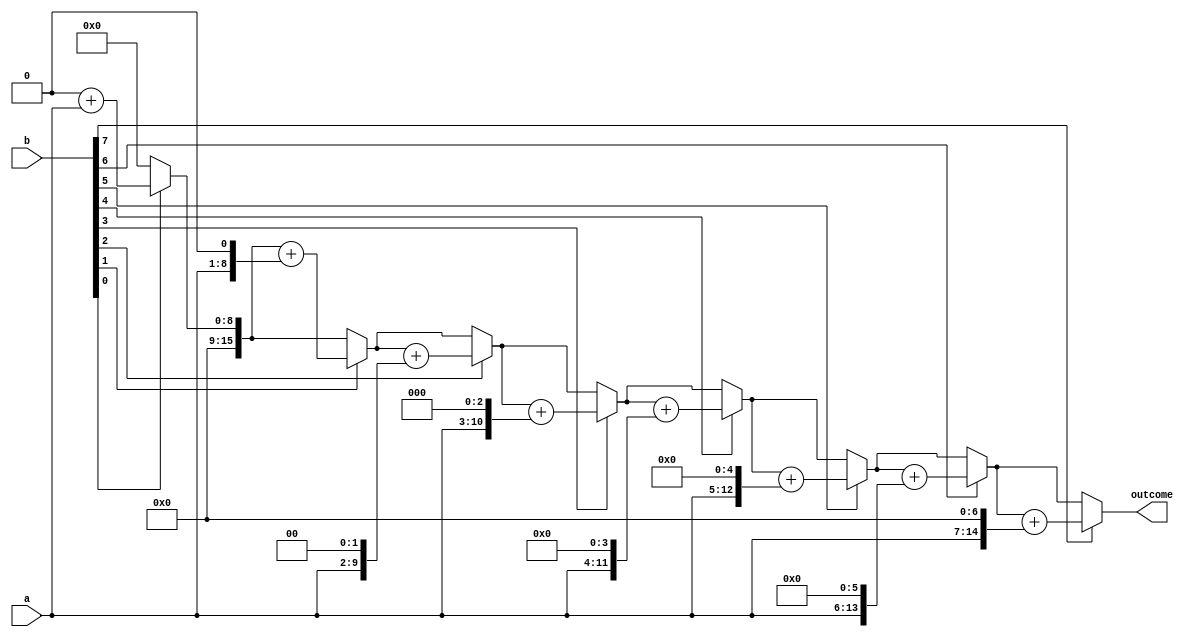
/**
	 5.16 for  2  8 
*/

module mult_for(outcome,a,b);
parameter size=8;
input[size:1] a,b; //
output[2*size:1] outcome; //
reg[2*size:1] outcome;
integer i;
always @(a or b)
	begin
	outcome=0;
	for(i=1; i<=size; i=i+1) //for 
		if(b[i]) outcome=outcome +(a << (i-1));
	end
endmodule